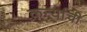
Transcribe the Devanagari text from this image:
कर्न्याची